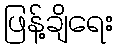
ဖြန့်ချိရေး